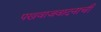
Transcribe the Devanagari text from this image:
पखवाजवादनाची